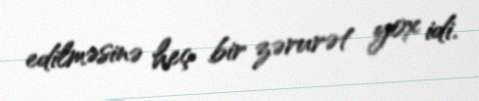
edilməsinə heç bir zərurət yox idi.